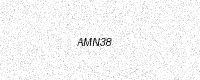
Text: AMN38